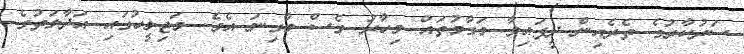
ސަރުކާރުގެ ތެރެއިން ދީފައިވާ މަގާމުތައް މިހާރު ވެސް މާގިނަ އެވެ. މަޖިލީހުގައި އަދާލަތުގެ